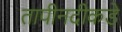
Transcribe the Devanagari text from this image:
तापीनदीकडे